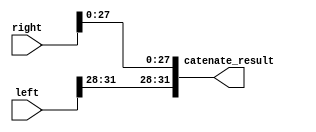
`timescale 1ns / 1ns
//////////////////////////////////////////////////////////////////////////////////
// Company: 
// Engineer: 
// 
// Design Name: 
// Module Name: catenate
// Project Name: 
// Target Devices: 
// Tool Versions: 
// Description: 
// 
// Dependencies: 
// 
// Revision:
// Revision 0.01 - File Created
// Additional Comments:
// 
//////////////////////////////////////////////////////////////////////////////////


module catenate(input [31:0] left, input [31:0] right, output [31:0]catenate_result);
    assign catenate_result = {left[31:28], right[27:0]};
endmodule